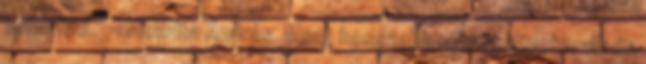
bekerülni.” - mondta András. Most hosszabb pihenő következik és